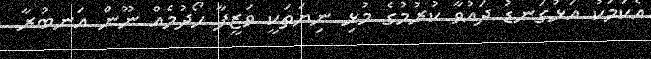
އެކަމަކު އަޅުގަނޑު ދައުވާ ކުރުމުގެ މުޅި ނިޔަތަކީ ވަޒީފާ ހޯދުމެއް ނޫން އަނބުރާ